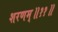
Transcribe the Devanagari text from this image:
शरणम्॥११॥